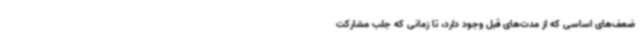
ضعف‌های اساسی که از مدت‌های قبل وجود دارد، تا زمانی که جلب مشارکت